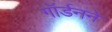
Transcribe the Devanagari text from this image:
गॉर्डनने